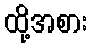
ထို့အစား